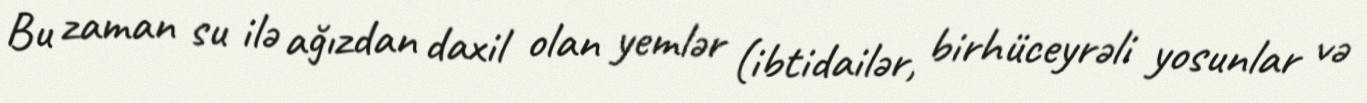
Bu zaman su ilə ağızdan daxil olan yemlər (ibtidailər, birhüceyrəli yosunlar və